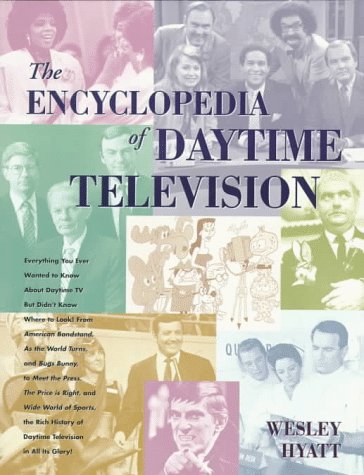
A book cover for The Encyclopedia of Daytime Television: Everything You Ever Wanted to Know About Daytime TV but Didn't Know Where to Look! from American Bandstand, As the World Turns, and Bugs Bunny, to; Wesley Hyatt; Humor & Entertainment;